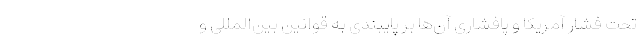
تحت فشار آمریکا و پافشاری آن‌ها بر پایبندی به قوانین بین‌المللی و